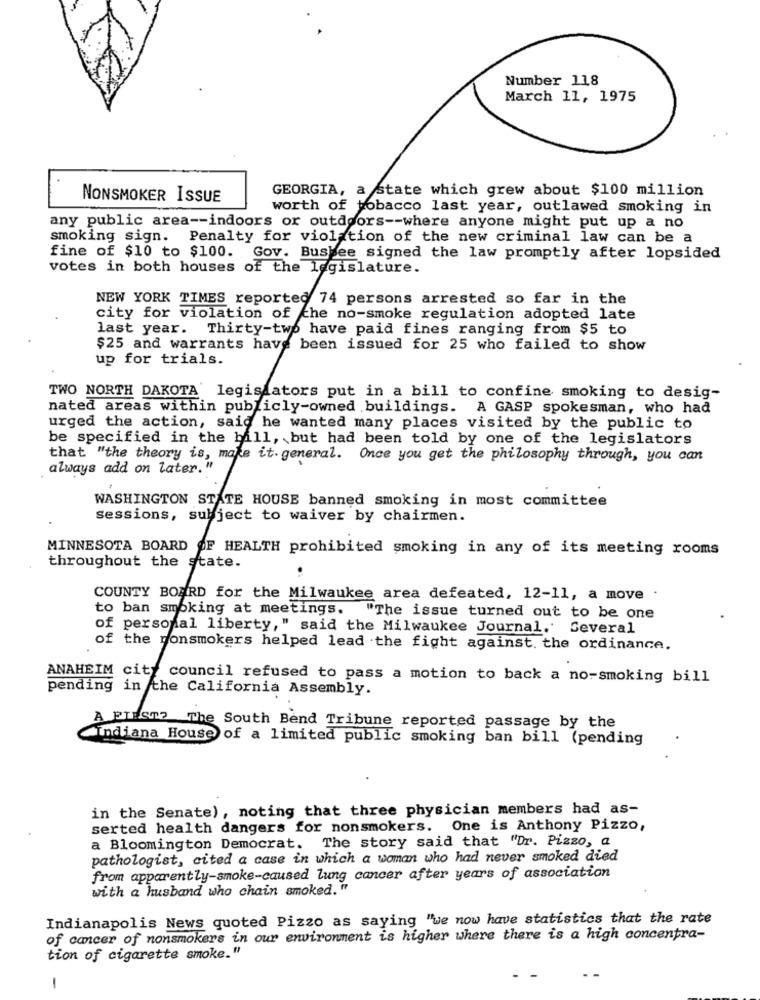
Number 118
March 11, 1975
GEORGIA, a state which grew about $100 million
NONSMOKER ISSUE
worth of tobacco last year, outlawed smoking in
any public area -- indoors or outdoors -- where anyone might put up a no
smoking sign. Penalty for violation of the new criminal law can be a
fine of $10 to $100.
Gov. Buskee signed the law promptly after lopsided
votes in both houses of the legislature.
NEW YORK TIMES reported 74 persons arrested so far in the
city for violation of che no-smoke regulation adopted late
last year. Thirty-two have paid fines ranging from $5 to
$25 and warrants have been issued for 25 who failed to show
up for trials.
TWO NORTH DAKOTA' legislators put in a bill to confine smoking to desig-
nated areas within publicly-owned buildings. A GASP spokesman, who had
urged the action, said he wanted many places visited by the public to
be specified in the bill, but had been told by one of the legislators
that "the theory is, make it. general. Once you get the philosophy through, you can
always add on later."
WASHINGTON STATE HOUSE banned smoking in most committee
sessions, subject to waiver by chairmen.
MINNESOTA BOARD OF HEALTH prohibited smoking in any of its meeting rooms
throughout the state.
COUNTY BOARD for the Milwaukee area defeated, 12-11, a move .
to ban smoking at meetings. "The issue turned out to be one
of personal liberty," said the Milwaukee Journal. Several
of the nonsmokers helped lead the fight against the ordinance.
ANAHEIM city council refused to pass a motion to back a no-smoking bill
pending in the California Assembly.
À FLEST? The South Bend Tribune reported passage by the
Indiana House of a limited public smoking ban bill (pending
in the Senate), noting that three physician members had as-
serted health dangers for nonsmokers. One is Anthony Pizzo,
a Bloomington Democrat. The story said that "Dr. Pizzo, a
pathologist, cited a case in which a woman who had never smoked died
from apparently-smoke-caused lung cancer after years of association
with a husband who chain smoked."
Indianapolis News quoted Pizzo as saying "we now have statistics that the rate
of cancer of nonsmokers in our environment is higher where there is a high concentra-
tion of cigarette smoke."
-